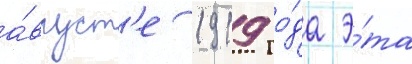
а́вгуст'е 1919 го́да э́та